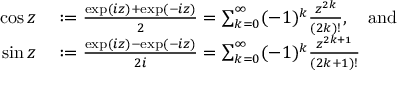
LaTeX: \begin{array} { r l } { \cos z } & { { } : = { \frac { \exp ( i z ) + \exp ( - i z ) } { 2 } } = \sum _ { k = 0 } ^ { \infty } ( - 1 ) ^ { k } { \frac { z ^ { 2 k } } { ( 2 k ) ! } } , \quad { \mathrm { a n d } } } \\ { \sin z } & { { } : = { \frac { \exp ( i z ) - \exp ( - i z ) } { 2 i } } = \sum _ { k = 0 } ^ { \infty } ( - 1 ) ^ { k } { \frac { z ^ { 2 k + 1 } } { ( 2 k + 1 ) ! } } } \end{array}